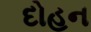
દોહન